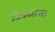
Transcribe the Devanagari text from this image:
चित्रपटासह